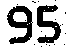
95